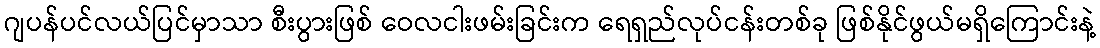
ဂျပန်ပင်လယ်ပြင်မှာသာ စီးပွားဖြစ် ဝေလငါးဖမ်းခြင်းက ရေရှည်လုပ်ငန်းတစ်ခု ဖြစ်နိုင်ဖွယ်မရှိကြောင်းနဲ့